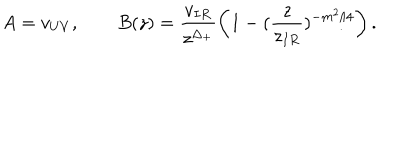
LaTeX: A = v _ { U V } , \qquad B ( z ) = \frac { v _ { I R } } { z ^ { \Delta _ { + } } } \left( 1 - ( \frac { z } { z _ { I R } } ) ^ { - m ^ { 2 } / 4 } \right) .